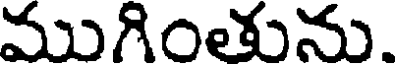
ముగింతును.